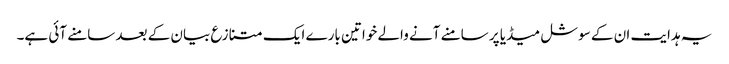
یہ ہدایت ان کے سوشل میڈیا پر سامنے آنے والے خواتین بارے ایک متنازع بیان کے بعد سامنے آئی ہے۔